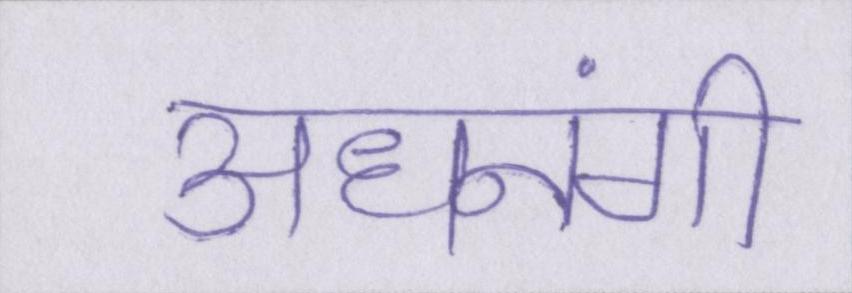
अधनंगी